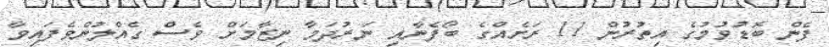
ފެން ބޮޑުވުމުގެ އިތުރުން 11 ރަށެއްގެ ބޯފެނާއި ނަރުދަމާ ނިޒާމަށް ވެސް ގެއްލުންވެފައިވާ